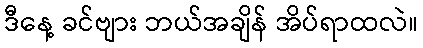
ဒီနေ့ ခင်ဗျား ဘယ်အချိန် အိပ်ရာထလဲ။